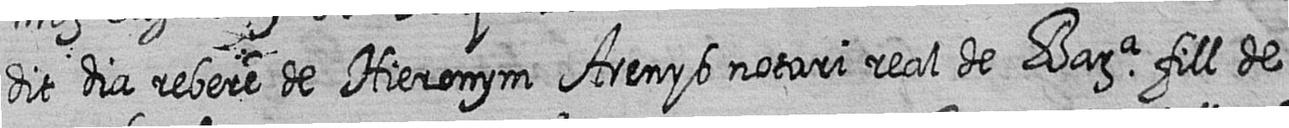
dit dia rebere de Hieronym Arenys notari real de Bara fill de